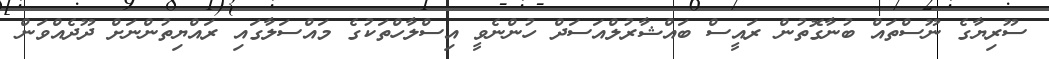
ސޫރިޔާގެ ނޫސްތައް ބުނާގޮތުން ރައީސް ބައްޝާރުލްއަސަދް ހުންނެވީ އިސްލާހްތަކުގެ މައްސަލާގައި ރައްޔިތުންނަށް ދޫދެއްވަން